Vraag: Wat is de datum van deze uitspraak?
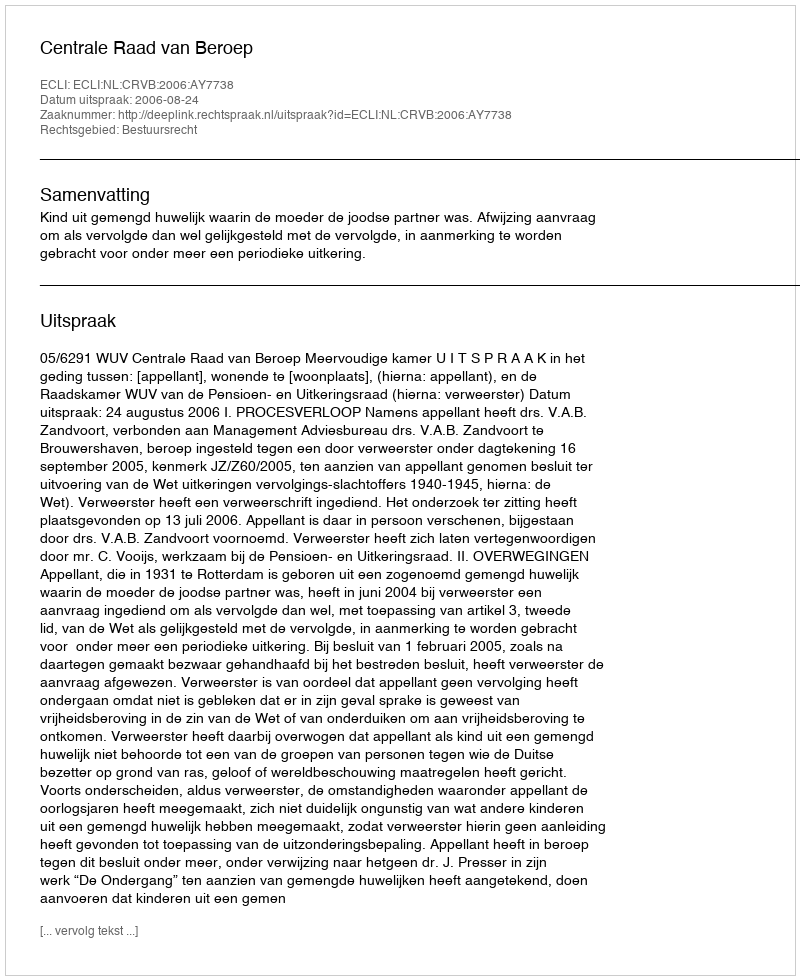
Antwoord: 2006-08-24